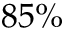
8 5 \%